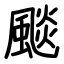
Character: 颷